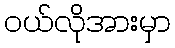
ဝယ်လိုအားမှာ